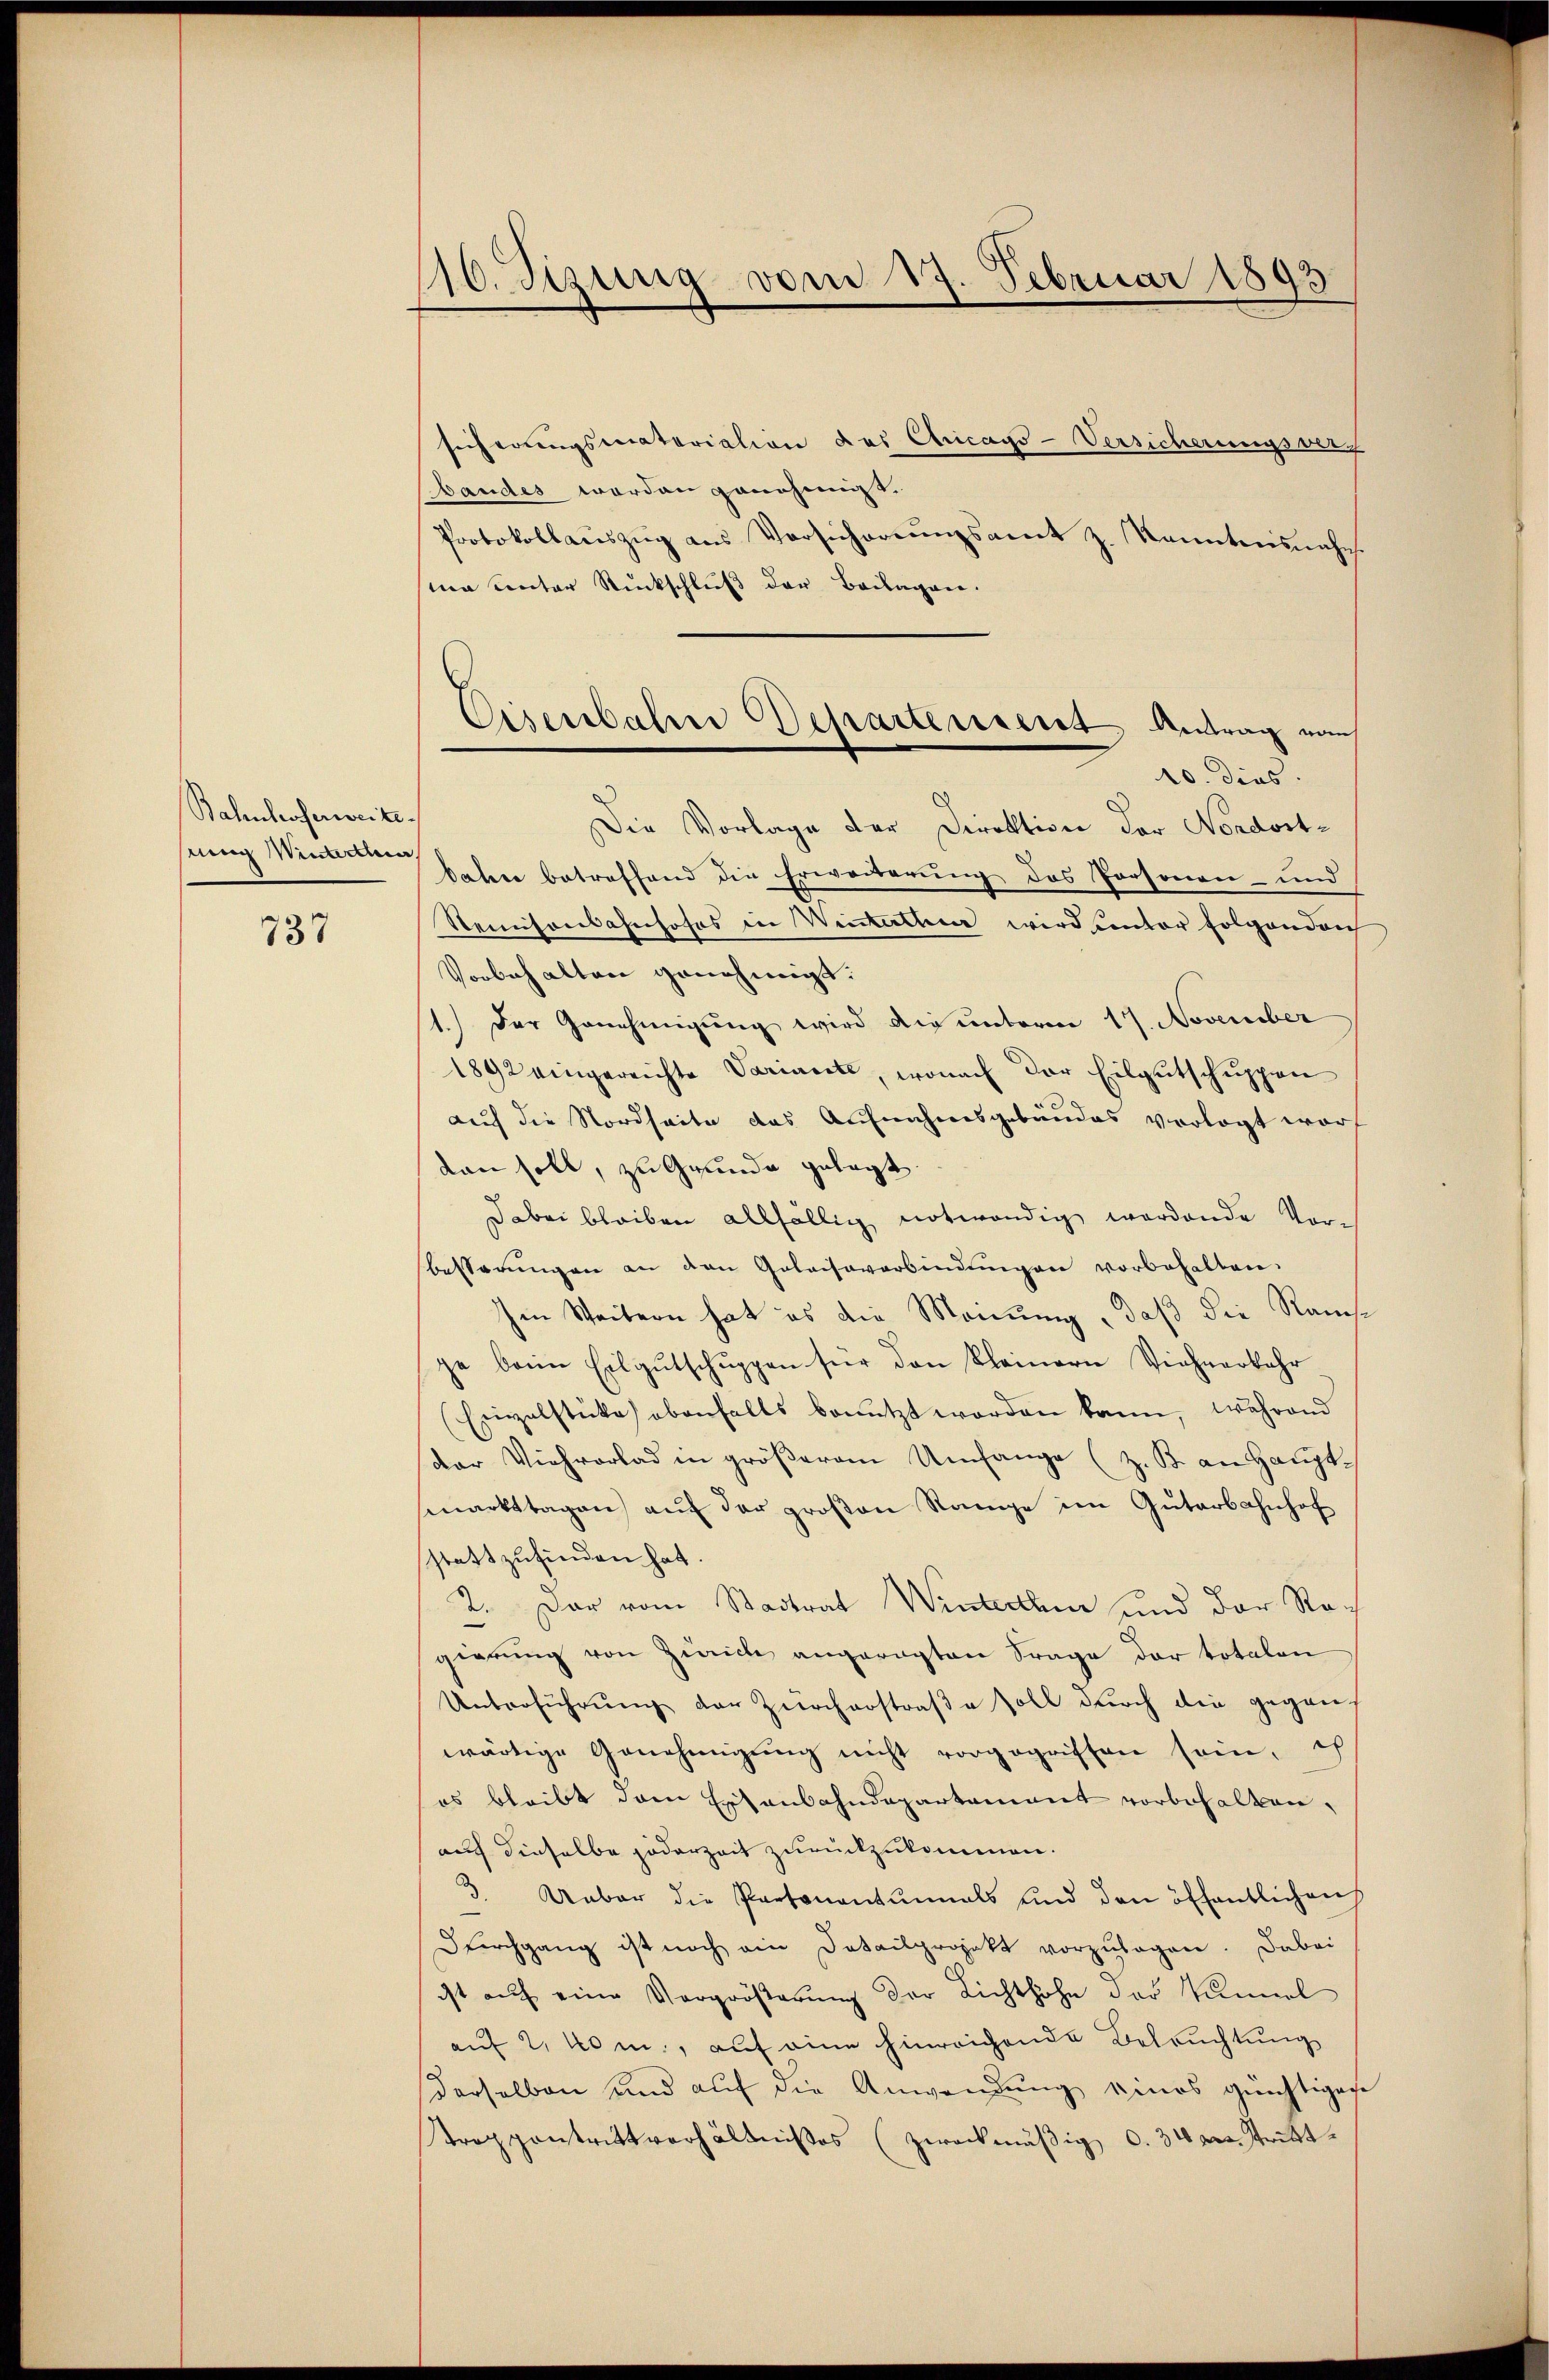
Bahnhoferweite

737

16. Sizung vom 17. Februar 1893

sicherungsmateriation des Chicags-Versicherungsverf
bandes worden genehmigt.
Protokollauszug aus Versicherungsamt z. Kanntnisnahms
ma unter Rückschluß der Beilagen.
Die Vorlage der Direktion der Nordost¬
Winterten Jahre betreffend die Erweiterung des Personen- und
Steinisonbahnhofes in Winterthur wird unter folgenden
Vorbehalten genehmigt:
1.) Der Genehmigung wird die unterm 17. November
1892 eingereichte Varianete, wonach der Eilgutschuppen
auf die Nordseite das Aufnahmsgebäudes verlegt worf
den soll, zu Grunde gelegt.
Dabei bleiben allfällig notwendig werdende Vorbesterŭngen an den Golaisaverbindŭngen vorbehalten.
Im Weitern hat es die Meinung , daß die Rausge beim Eilgŭtschŭppen für den Kleinern Viehverkehr
Einzelstücke obenfalls benutzt worden kann, während
der Viehrorlad in größerem Umfange (z. B. an Haupt
smarkttagen aŭf der großen Range im Güterbahnhof
stattzufinden hat.
2. Der vom Stadtrat Winterthur und der Rogierung von Zürich angeregten Frage der totalen
Unterfŭhrŭng der Zürcherstraβe soll durch die gegen
wärtige Genehmigung nicht vorgegriffen sein, ich
es bleibt dem Eisenbahndepartament vorbehalten,
auf dieselbe jederzeit zurückzukommen.
3. Unbar die Partenantunals und den öffentlichen
Dŭrchgang ist noch ein Detailprojekt vorzŭlegen. Dabei
ist auf eine Vergröβerŭng der Lichthohe der Kunnel
auf 2, 40 m., auf eine hinreichende Betruchtung
derselben und auf die Anwendung eines günstigene
Troppantrittverhältnisses (zweckmäßig d. 31 des tritt

Eisenbahne Departerient, Antrag vom
10. dies